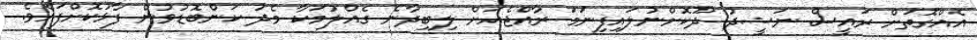
އެއްގޮތަށް ރައީސް ނަޝީދު ދޫކޮށްނުލައިފިނަމަ ރާއްޖެއަށް ލިބިދާނެ ގެއްލުމަކާ މެދު ކަންބޮޑުވުން ފާޅުކޮށްފައެވެ.